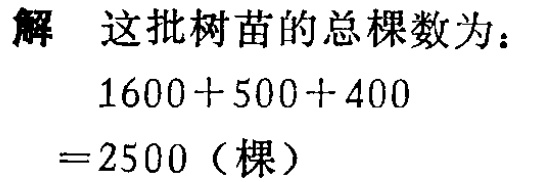
解 这批树苗的总棵数为：

\[

\begin{align*}

&1600 + 500+400\\

=&2500（棵）

\end{align*}

\]